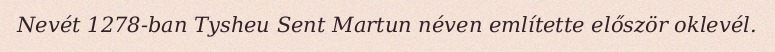
Nevét 1278-ban Tysheu Sent Martun néven említette először oklevél.